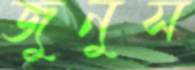
জুনুস